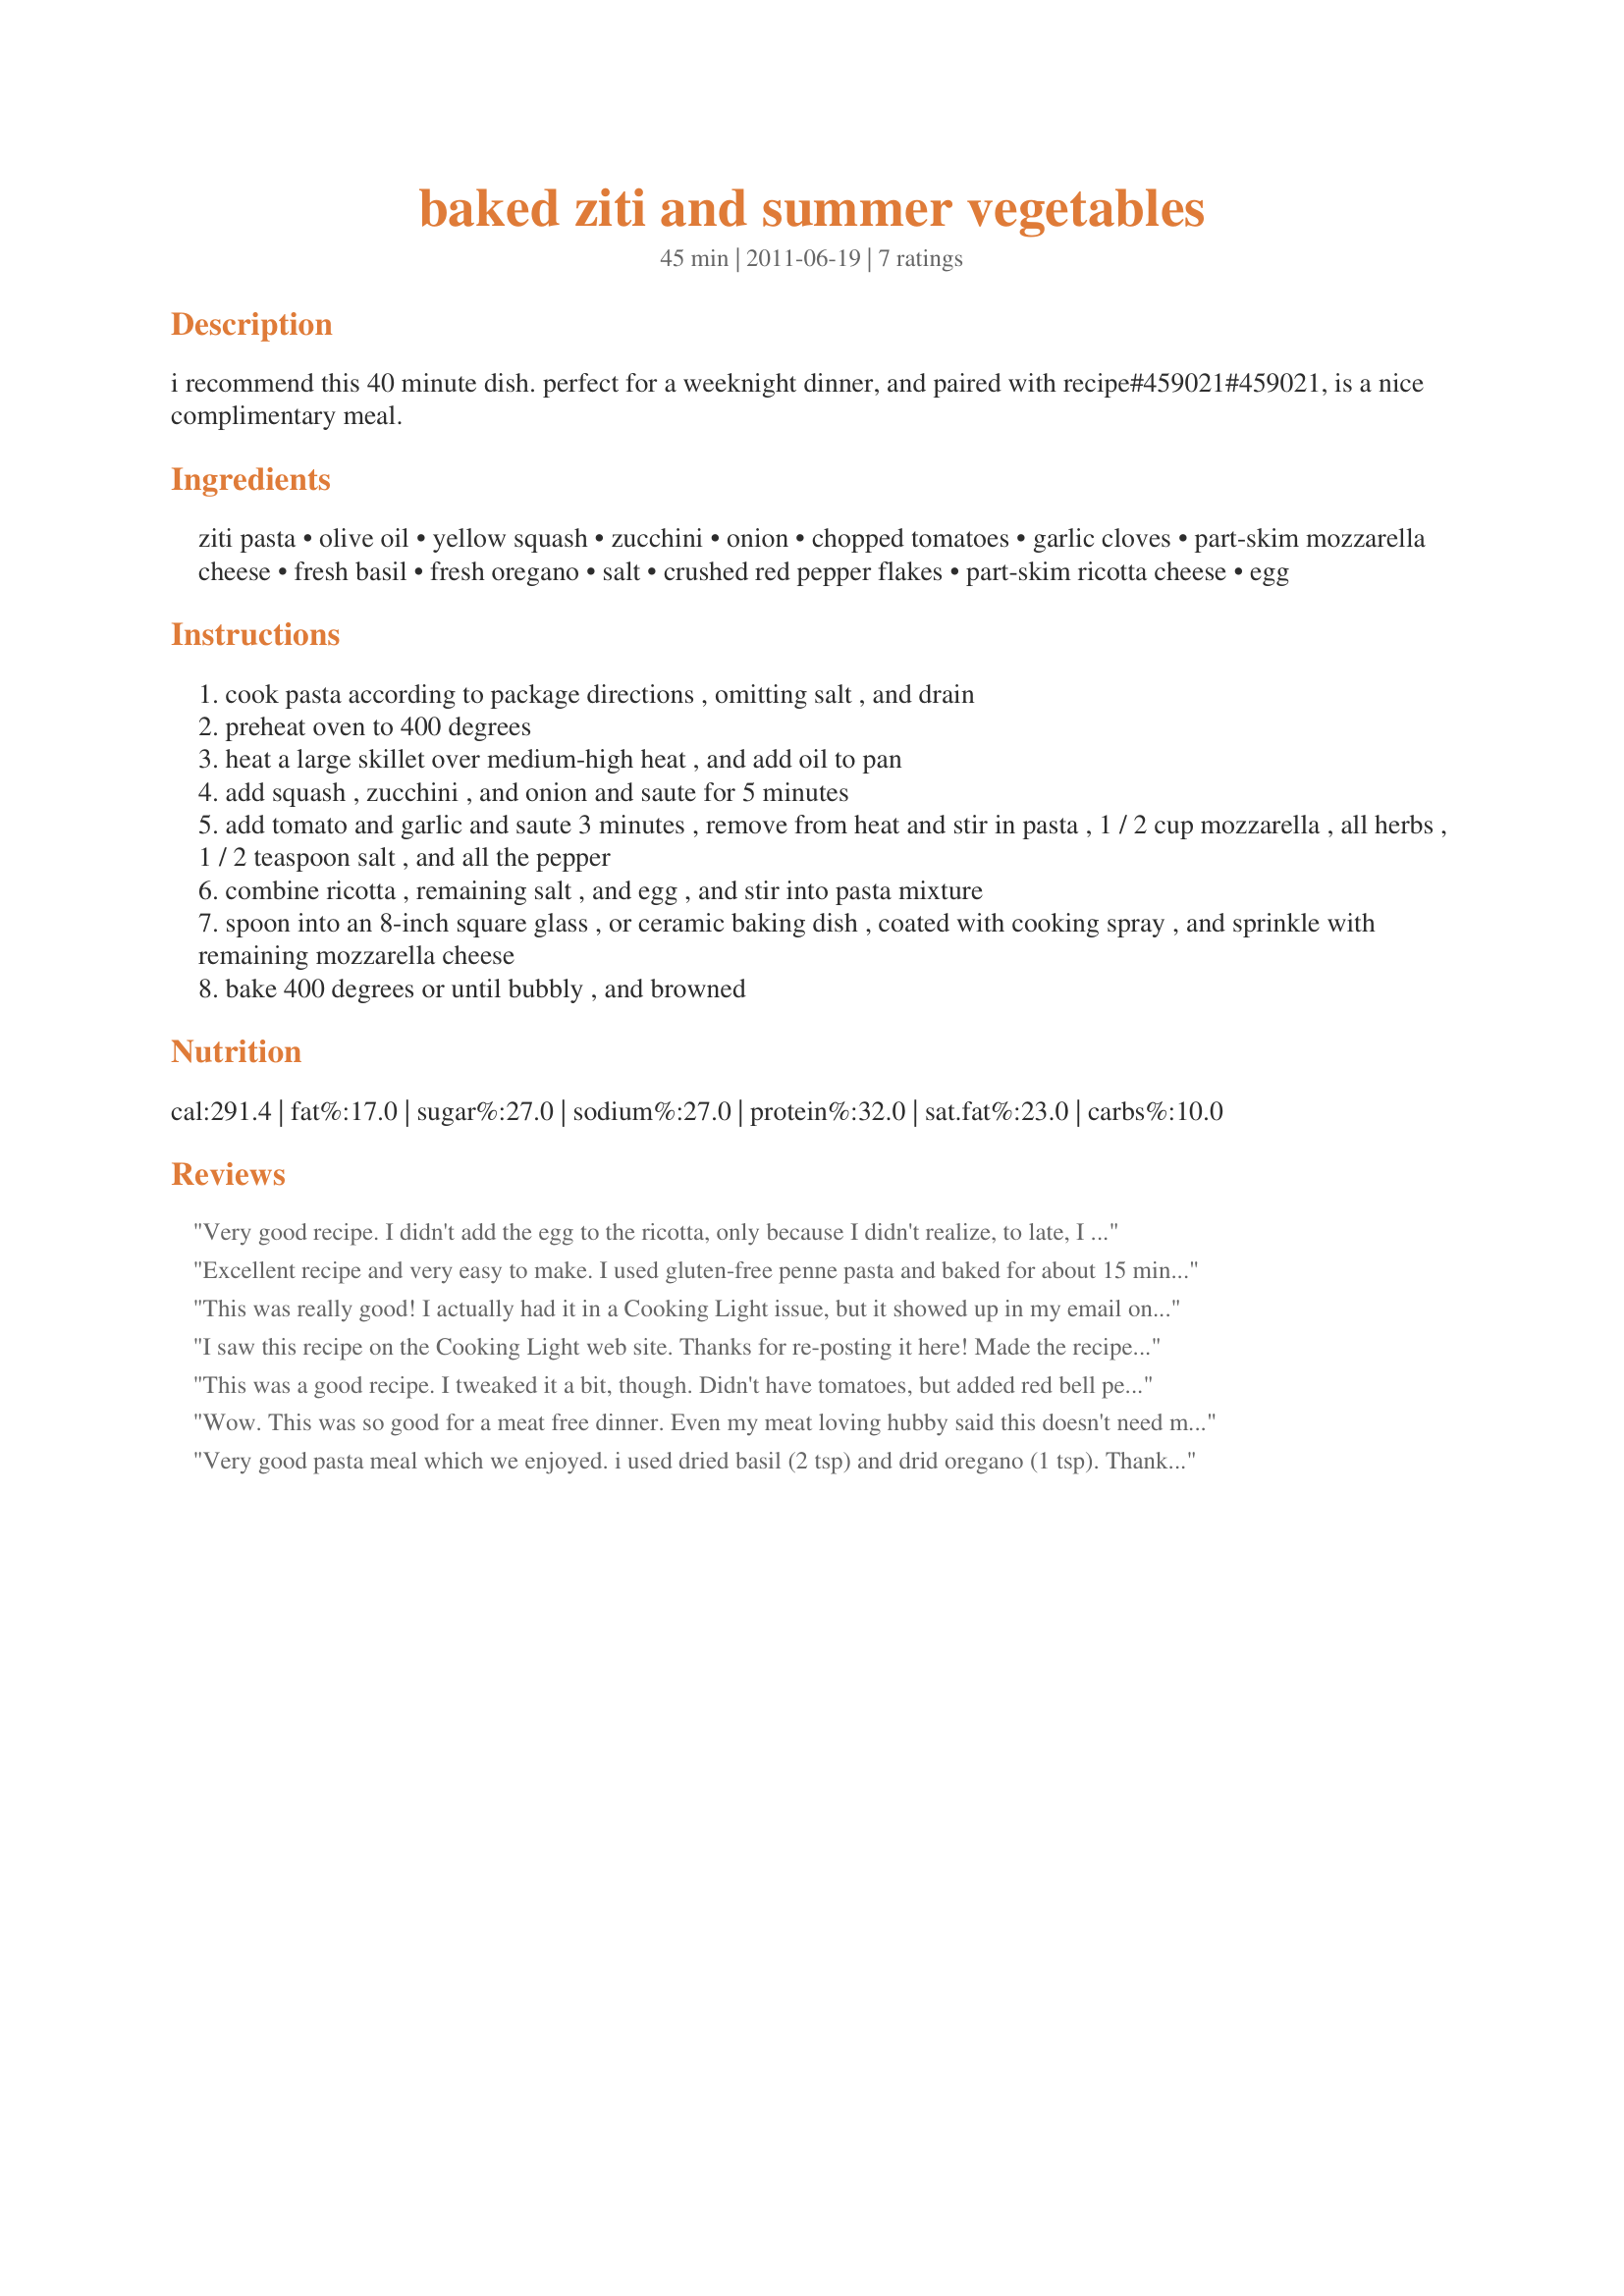
baked ziti and summer vegetables
Preparation time: 45 minutes

i recommend this 40 minute dish. perfect for a weeknight dinner, and paired with recipe#459021#459021, is a nice complimentary meal.

Ingredients:
ziti pasta, olive oil, yellow squash, zucchini, onion, chopped tomatoes, garlic cloves, part-skim mozzarella cheese, fresh basil, fresh oregano, salt, crushed red pepper flakes, part-skim ricotta cheese, egg

Steps:
cook pasta according to package directions , omitting salt , and drain
preheat oven to 400 degrees
heat a large skillet over medium-high heat , and add oil to pan
add squash , zucchini , and onion and saute for 5 minutes
add tomato and garlic and saute 3 minutes , remove from heat and stir in pasta , 1 / 2 cup mozzarella , all herbs , 1 / 2 teaspoon salt , and all the pepper
combine ricotta , remaining salt , and egg , and stir into pasta mixture
spoon into an 8-inch square glass , or ceramic baking dish , coated with cooking spray , and sprinkle with remaining mozzarella cheese
bake 400 degrees or until bubbly , and browned

Reviews:
Very good recipe. I didn't add the egg to the ricotta, only because I didn't realize, to late, I had none on hand. Didn't appear to really need one. Made for New Kids on the Block Tag game. :)
Excellent recipe and very easy to make. I used gluten-free penne pasta and baked for about 15 minutes.
This was really good! I actually had it in a Cooking Light issue, but it showed up in my email one day, and reminded me! I used 2 yellow squash and 1 zucchini (both from the store, so they were medium-size), and campanelle pasta. I didn't have ricotta cheese, but I used cream cheese, as another reviewer did, and it worked fine. This was really tasty, and I liked that there was a more veggie-to-pasta ratio. I would definitely make this again!
I saw this recipe on the Cooking Light web site. Thanks for re-posting it here! Made the recipe as directed, and enjoyed it very much. Definitely better using fresh basil and oregano. It's a recipe that lends itself to substitutions -- broccoli, bell peppers, etc. would work well in this recipe.
This was a good recipe. I tweaked it a bit, though. Didn't have tomatoes, but added red bell pepper and mushrooms. I thought the mushrooms added a good flavor dimension. Definitely added more oregano and basil than called for in the recipe (used dry as well). Also used more ricotta and subbed pepper jack for the mozarella. Will definitely try with tomatoes next time.
Wow. This was so good for a meat free dinner. Even my meat loving hubby said this doesn't need meat it's so good. Great way to use up that squash. Wonderful flavors. Thanks for posting, made for 1 2 3 tag.
Very good pasta meal which we enjoyed. i used dried basil (2 tsp) and drid oregano (1 tsp). Thanks for sharing!
